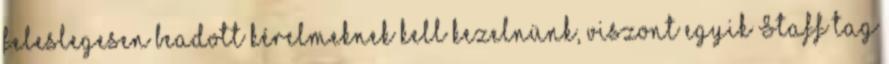
feleslegesen beadott kérelmeknek kell kezelnünk, viszont egyik Staff tag